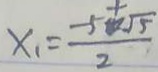
x _ { 1 } = \frac { - 5 \textcircled { + } \sqrt { 5 } } { 2 }